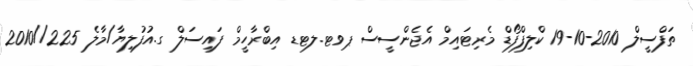
ތަފްސީލް 2010-10-19 ކްލިފްފޯޑް މެރިޓައިމް އެޖެންސީސް ޕވޓ.ލޓޑ އިބްރާހީމް ފައިސަލް ގ.އުފުލިޔާ/މާލެ 225//2010